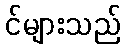
င်များသည်